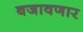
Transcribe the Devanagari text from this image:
बजावणार